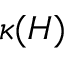
\kappa ( H )